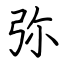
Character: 弥